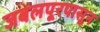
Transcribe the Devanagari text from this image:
जबलपूरपासून